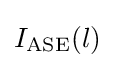
I_{\mathrm {ASE} }(l)